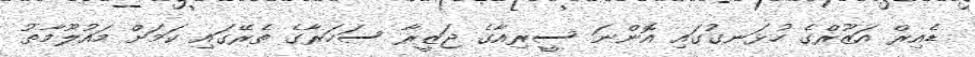
ޑެއިރް އަޒޫރްގެ ހުޅަނގުގައި އޮންނަ ސީރިއާގެ ޖަޒީރާ ސަހަރާގެ ތެރޭގައި ކަމަށް މައުލޫމާތު